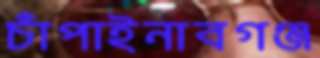
চাঁপাইনাবগঞ্জ